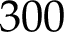
3 0 0